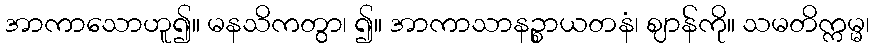
အာကာသောဟူ၍။ မနသိကတွာ၊ ၍။ အာကာသာနဉ္စာယတနံ၊ ဈာန်ကို။ သမတိက္ကမ္မ၊